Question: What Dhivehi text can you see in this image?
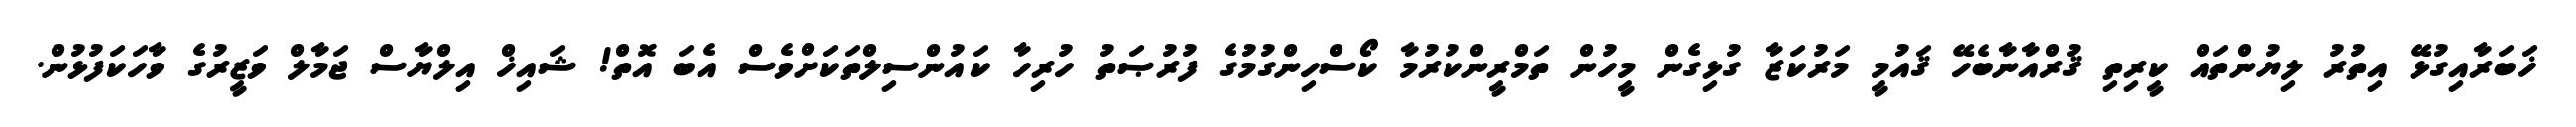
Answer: ޚަބަރާއިގުޅޭ އިތުރު ލިޔުންތައް ކީރިތި ޤުރްއާނާބެހޭ ޤައުމީ މަރުކަޒާ ގުޅިގެން މީހުން ތަމްރީންކުރުމާ ކޯސްހިންގުމުގެ ފުރުޞަތު ހުރިހާ ކައުންސިލްތަކަށްވެސް އެބަ އޮތް! ޝައިޚް އިލްޔާސް ޖަމާލް ވަޒީރުގެ ވާހަކަފުޅުން.